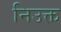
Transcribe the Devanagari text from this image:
निउक्त